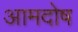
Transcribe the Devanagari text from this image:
आमदोष